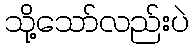
သို့သော်လည်းပဲ